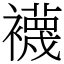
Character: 襪